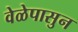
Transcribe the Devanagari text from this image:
वेळेपासुन